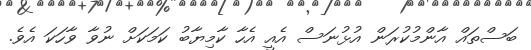
ބަސްތައް އާންމުކުރަން އުޅުނަސް އެއީ އެހާ ކާމިޔާބު ކަމަކަށް ނުވާ ވާހަކަ އެވެ.